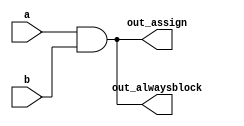
// This program was cloned from: https://github.com/matthewdelorenzo/CreativEval
// License: BSD 3-Clause "New" or "Revised" License

// synthesis verilog_input_version verilog_2001
module top_module(
    input a, 
    input b,
    output wire out_assign,
    output reg out_alwaysblock
);

    assign out_assign = a & b;
    always @(*) out_alwaysblock = a & b;
    
endmodule